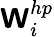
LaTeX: \boldsymbol{\mathsf{W}}_{i}^{hp}